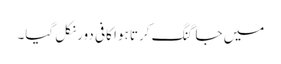
میں جاگنگ کرتا ہوا کافی دور نکل گیا۔